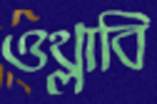
ওথ্‌লাবি